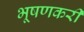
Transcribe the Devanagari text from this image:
भूषणकरी